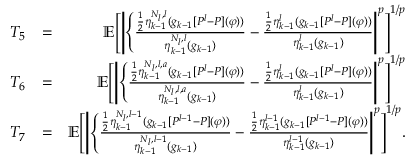
\begin{array} { r l r } { T _ { 5 } } & { = } & { \mathbb { E } \Bigg [ \Bigg | \Bigg \{ \frac { \frac { 1 } { 2 } \eta _ { k - 1 } ^ { N _ { l } , l } ( g _ { k - 1 } [ P ^ { l } - P ] ( \varphi ) ) } { \eta _ { k - 1 } ^ { N _ { l } , l } ( g _ { k - 1 } ) } - \frac { \frac { 1 } { 2 } \eta _ { k - 1 } ^ { l } ( g _ { k - 1 } [ P ^ { l } - P ] ( \varphi ) ) } { \eta _ { k - 1 } ^ { l } ( g _ { k - 1 } ) } \Bigg | ^ { p } \Bigg ] ^ { 1 / p } } \\ { T _ { 6 } } & { = } & { \mathbb { E } \Bigg [ \Bigg | \Bigg \{ \frac { \frac { 1 } { 2 } \eta _ { k - 1 } ^ { N _ { l } , l , a } ( g _ { k - 1 } [ P ^ { l } - P ] ( \varphi ) ) } { \eta _ { k - 1 } ^ { N _ { l } , l , a } ( g _ { k - 1 } ) } - \frac { \frac { 1 } { 2 } \eta _ { k - 1 } ^ { l } ( g _ { k - 1 } [ P ^ { l } - P ] ( \varphi ) ) } { \eta _ { k - 1 } ^ { l } ( g _ { k - 1 } ) } \Bigg | ^ { p } \Bigg ] ^ { 1 / p } } \\ { T _ { 7 } } & { = } & { \mathbb { E } \Bigg [ \Bigg | \Bigg \{ \frac { \frac { 1 } { 2 } \eta _ { k - 1 } ^ { N _ { l } , l - 1 } ( g _ { k - 1 } [ P ^ { l - 1 } - P ] ( \varphi ) ) } { \eta _ { k - 1 } ^ { N _ { l } , l - 1 } ( g _ { k - 1 } ) } - \frac { \frac { 1 } { 2 } \eta _ { k - 1 } ^ { l - 1 } ( g _ { k - 1 } [ P ^ { l - 1 } - P ] ( \varphi ) ) } { \eta _ { k - 1 } ^ { l - 1 } ( g _ { k - 1 } ) } \Bigg | ^ { p } \Bigg ] ^ { 1 / p } . } \end{array}